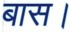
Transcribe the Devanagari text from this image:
बास।